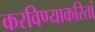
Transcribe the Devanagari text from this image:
करविण्याकरितां